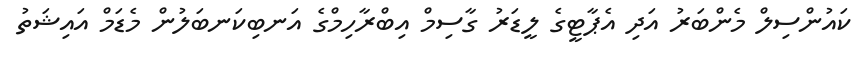
ކައުންސިލް މެންބަރު އަދި އެޕާޓީގެ ލީޑަރު ގާސިމް އިބްރާހިމްގެ އަނބިކަނބަލުން މެޑަމް އައިޝަތު